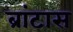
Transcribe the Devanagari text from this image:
ब्रांटास